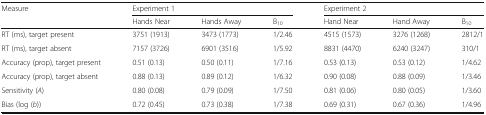
<table><thead><tr><td rowspan="2"><b>Measure</b></td><td colspan="3"><b>Experiment 1</b></td><td colspan="3"><b>Experiment 2</b></td></tr><tr><td><b>Hands Near</b></td><td><b>Hands Away</b></td><td><b>B<sub>10</sub></b></td><td><b>Hand Near</b></td><td><b>Hand Away</b></td><td><b>B<sub>10</sub></b></td></tr></thead><tbody><tr><td>RT (ms), target present</td><td>3751 (1913)</td><td>3473 (1773)</td><td>1/2.46</td><td>4515 (1573)</td><td>3276 (1268)</td><td>2812/1</td></tr><tr><td>RT (ms), target absent</td><td>7157 (3726)</td><td>6901 (3516)</td><td>1/5.92</td><td>8831 (4470)</td><td>6240 (3247)</td><td>310/1</td></tr><tr><td>Accuracy (prop), target present</td><td>0.51 (0.13)</td><td>0.50 (0.11)</td><td>1/7.16</td><td>0.53 (0.13)</td><td>0.53 (0.12)</td><td>1/4.62</td></tr><tr><td>Accuracy (prop), target absent</td><td>0.88 (0.13)</td><td>0.89 (0.12)</td><td>1/6.32</td><td>0.90 (0.08)</td><td>0.88 (0.09)</td><td>1/3.46</td></tr><tr><td>Sensitivity (<i>A</i>)</td><td>0.80 (0.08)</td><td>0.79 (0.09)</td><td>1/7.50</td><td>0.81 (0.06)</td><td>0.80 (0.05)</td><td>1/3.60</td></tr><tr><td>Bias (log (<i>b</i>))</td><td>0.72 (0.45)</td><td>0.73 (0.38)</td><td>1/7.38</td><td>0.69 (0.31)</td><td>0.67 (0.36)</td><td>1/4.96</td></tr></tbody></table>